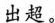
出超。